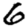
Digit: 6